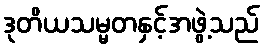
ဒုတိယသမ္မတနှင့်အဖွဲ့သည်